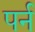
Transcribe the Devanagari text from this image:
पर्न